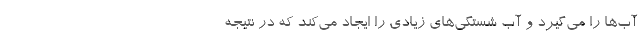
آب‌ها را می‌گیرد و آب شستگی‌های زیادی را ایجاد می‌کند که در نتیجه